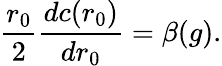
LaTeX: \frac{r_{0}}{2}\frac{dc(r_{0})}{d{r_{0}}}=\beta(g).